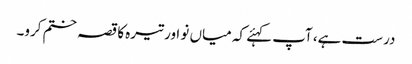
درست ہے، آپ کہئے کہ میاں نو اور تیرہ کا قصہ ختم کرو۔